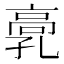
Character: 𩫂